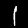
Digit: 1